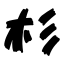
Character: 杉